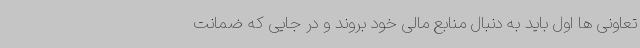
تعاونی ها اول باید به دنبال منابع مالی خود بروند و در جایی که ضمانت